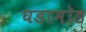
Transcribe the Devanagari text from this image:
घडामोड